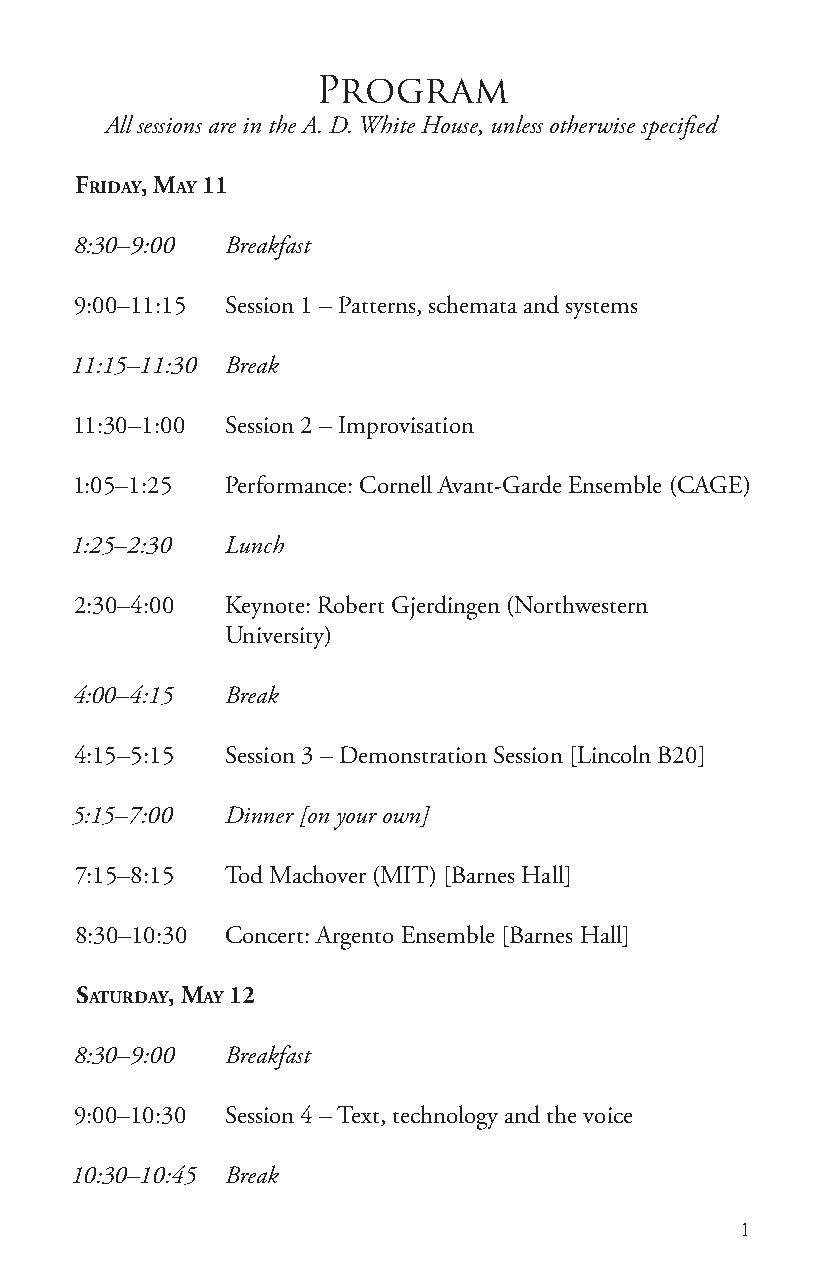
Program
 All sessions are in the A. D. White House, unless otherwise specified
 Friday, May 11
 8:30–9:00 Breakfast
 9:00–11:15 Session 1 – Patterns, schemata and systems
 11:15–11:30 Break
 11:30–1:00 Session 2 – Improvisation
 1:05–1:25 Performance: Cornell Avant-Garde Ensemble (CAGE)
 1:25–2:30 Lunch
 2:30–4:00 Keynote: Robert Gjerdingen (Northwestern
 University)
 4:00–4:15 Break
 4:15–5:15 Session 3 – Demonstration Session [Lincoln B20]
 5:15–7:00 Dinner [on your own]
 7:15–8:15 Tod Machover (MIT) [Barnes Hall]
 8:30–10:30 Concert: Argento Ensemble [Barnes Hall]
 Saturday, May 12
 8:30–9:00 Breakfast
 9:00–10:30 Session 4 – Text, technology and the voice
 10:30–10:45 Break
 1